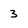
Character: 3